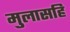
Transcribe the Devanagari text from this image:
मुलासहि